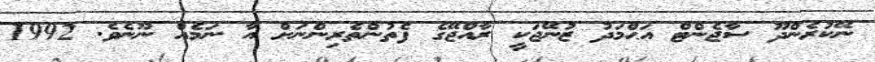
ނޭކުރެންދޫ ސާޖެންޓް އަޙްމަދު ޒުނޭޖަކީ ރާއްޖޭގެ ފެތުންތެރިންނަށް އާ ނަމެއް ނޫނެވެ. 1992